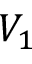
V _ { 1 }